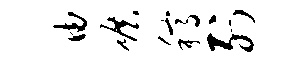
迪碾稿列